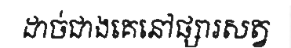
ដាច់ជាងគេនៅផ្សារសត្វ